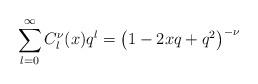
LaTeX: \begin{align*}\sum_{l=0}^{\infty} C^{\nu}_{l}(x)q^{l} = \left( 1 -2xq + q^2 \right)^{-\nu}\end{align*}